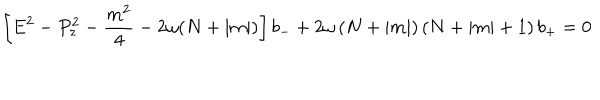
LaTeX: \left[ E ^ { 2 } - P _ { z } ^ { 2 } - \frac { m ^ { 2 } } { 4 } - 2 \omega ( N + \left| m \right| ) \right] b _ { - } + 2 \omega \left( N + \left| m \right| \right) \left( N + \left| m \right| + 1 \right) b _ { + } = 0